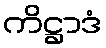
ကိဋ္ဌာဒံ